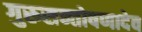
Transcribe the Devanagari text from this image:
गुरुसन्तोषणादेव